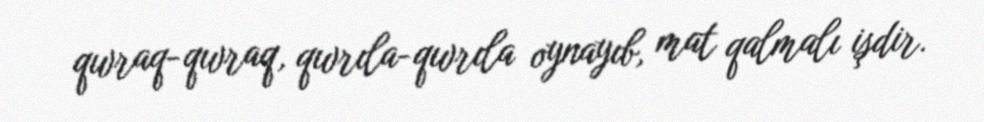
qıvraq-qıvraq, qıvrıla-qıvrıla oynayıb, mat qalmalı işdir.